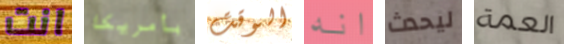
انت بأمريكا الوقت انه ليحدث العمة